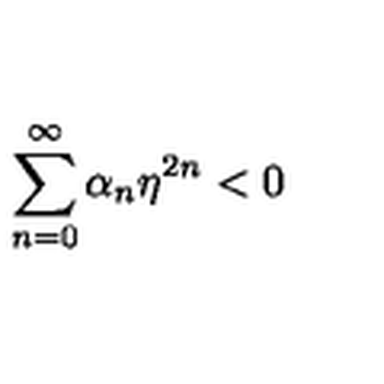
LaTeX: \sum _ { n = 0 } ^ { \infty } \alpha _ { n } \eta ^ { 2 n } < 0